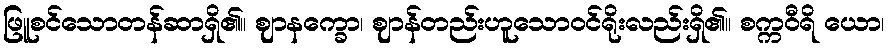
ဖြူစင်သောတန်ဆာရှိ၏။ ဈာနက္ခော၊ ဈာန်တည်းဟူသောဝင်ရိုးလည်းရှိ၏။ စက္ကဝီရိ ယော၊